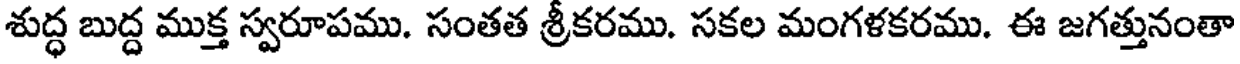
శుద్ధ బుద్ద ముక్త స్వరూపము. సంతత శ్రీకరము. సకల మంగళకరము. ఈ జగత్తునంతా